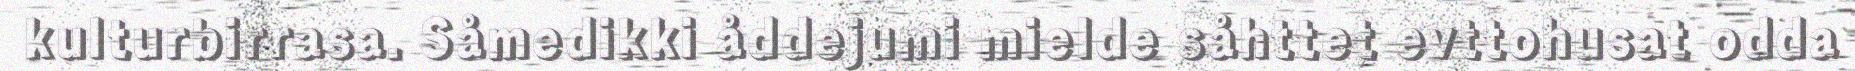
kulturbirrasa. Såmedikki åddejumi mielde såhttet evttohusat odda